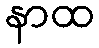
နာထ